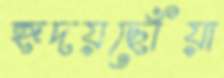
হূদয়ছোঁয়া